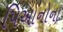
પિઆનોના